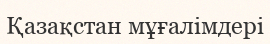
Қазақстан мұғалімдері